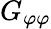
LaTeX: G_{\varphi\varphi}